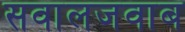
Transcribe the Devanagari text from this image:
सवालजवाब